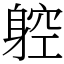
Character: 躻